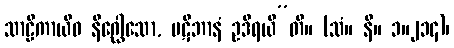
သာဠိကာယိဝ နိဂ္ဃေါသော, ပဋိဘာနံ ဥဒီရယီ”တိ။ (သံ။ နိ။ ၁။၂၁၄)၊